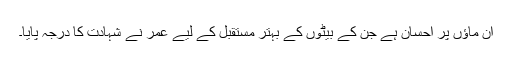
اُن ماؤں پر احسان ہے جن کے بیٹوں کے بہتر مستقبل کے لیے عمر نے شہادت کا درجہ پایا۔